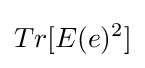
Tr[E(e)^{2}]